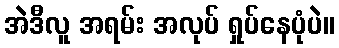
အဲဒီလူ အရမ်း အလုပ် ရှုပ်နေပုံပဲ။